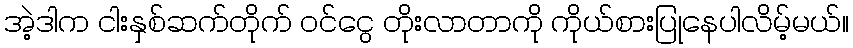
အဲ့ဒါက ငါးနှစ်ဆက်တိုက် ဝင်ငွေ တိုးလာတာကို ကိုယ်စားပြုနေပါလိမ့်မယ်။